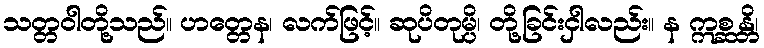
သတ္တဝါတို့သည်။ ဟတ္တေန၊ လက်ဖြင့်။ ဆုပိတုမ္ပိ၊ တို့ခြင်းငှါလည်း။ န ဣစ္ဆန္တိ၊